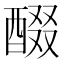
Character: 醊